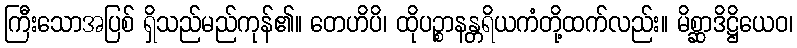
ကြီးသောအပြစ် ရှိသည်မည်ကုန်၏။ တေဟိပိ၊ ထိုပဉ္စာနန္တရိယကံတို့ထက်လည်း။ မိစ္ဆာဒိဋ္ဌိယေဝ၊